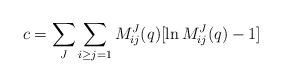
\begin{align*}c=\sum_{J}\sum_{i\geq j=1}M_{ij}^{J}(q)[\ln M_{ij}^{J}(q)-1] \end{align*}